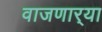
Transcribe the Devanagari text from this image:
वाजणार्‍या